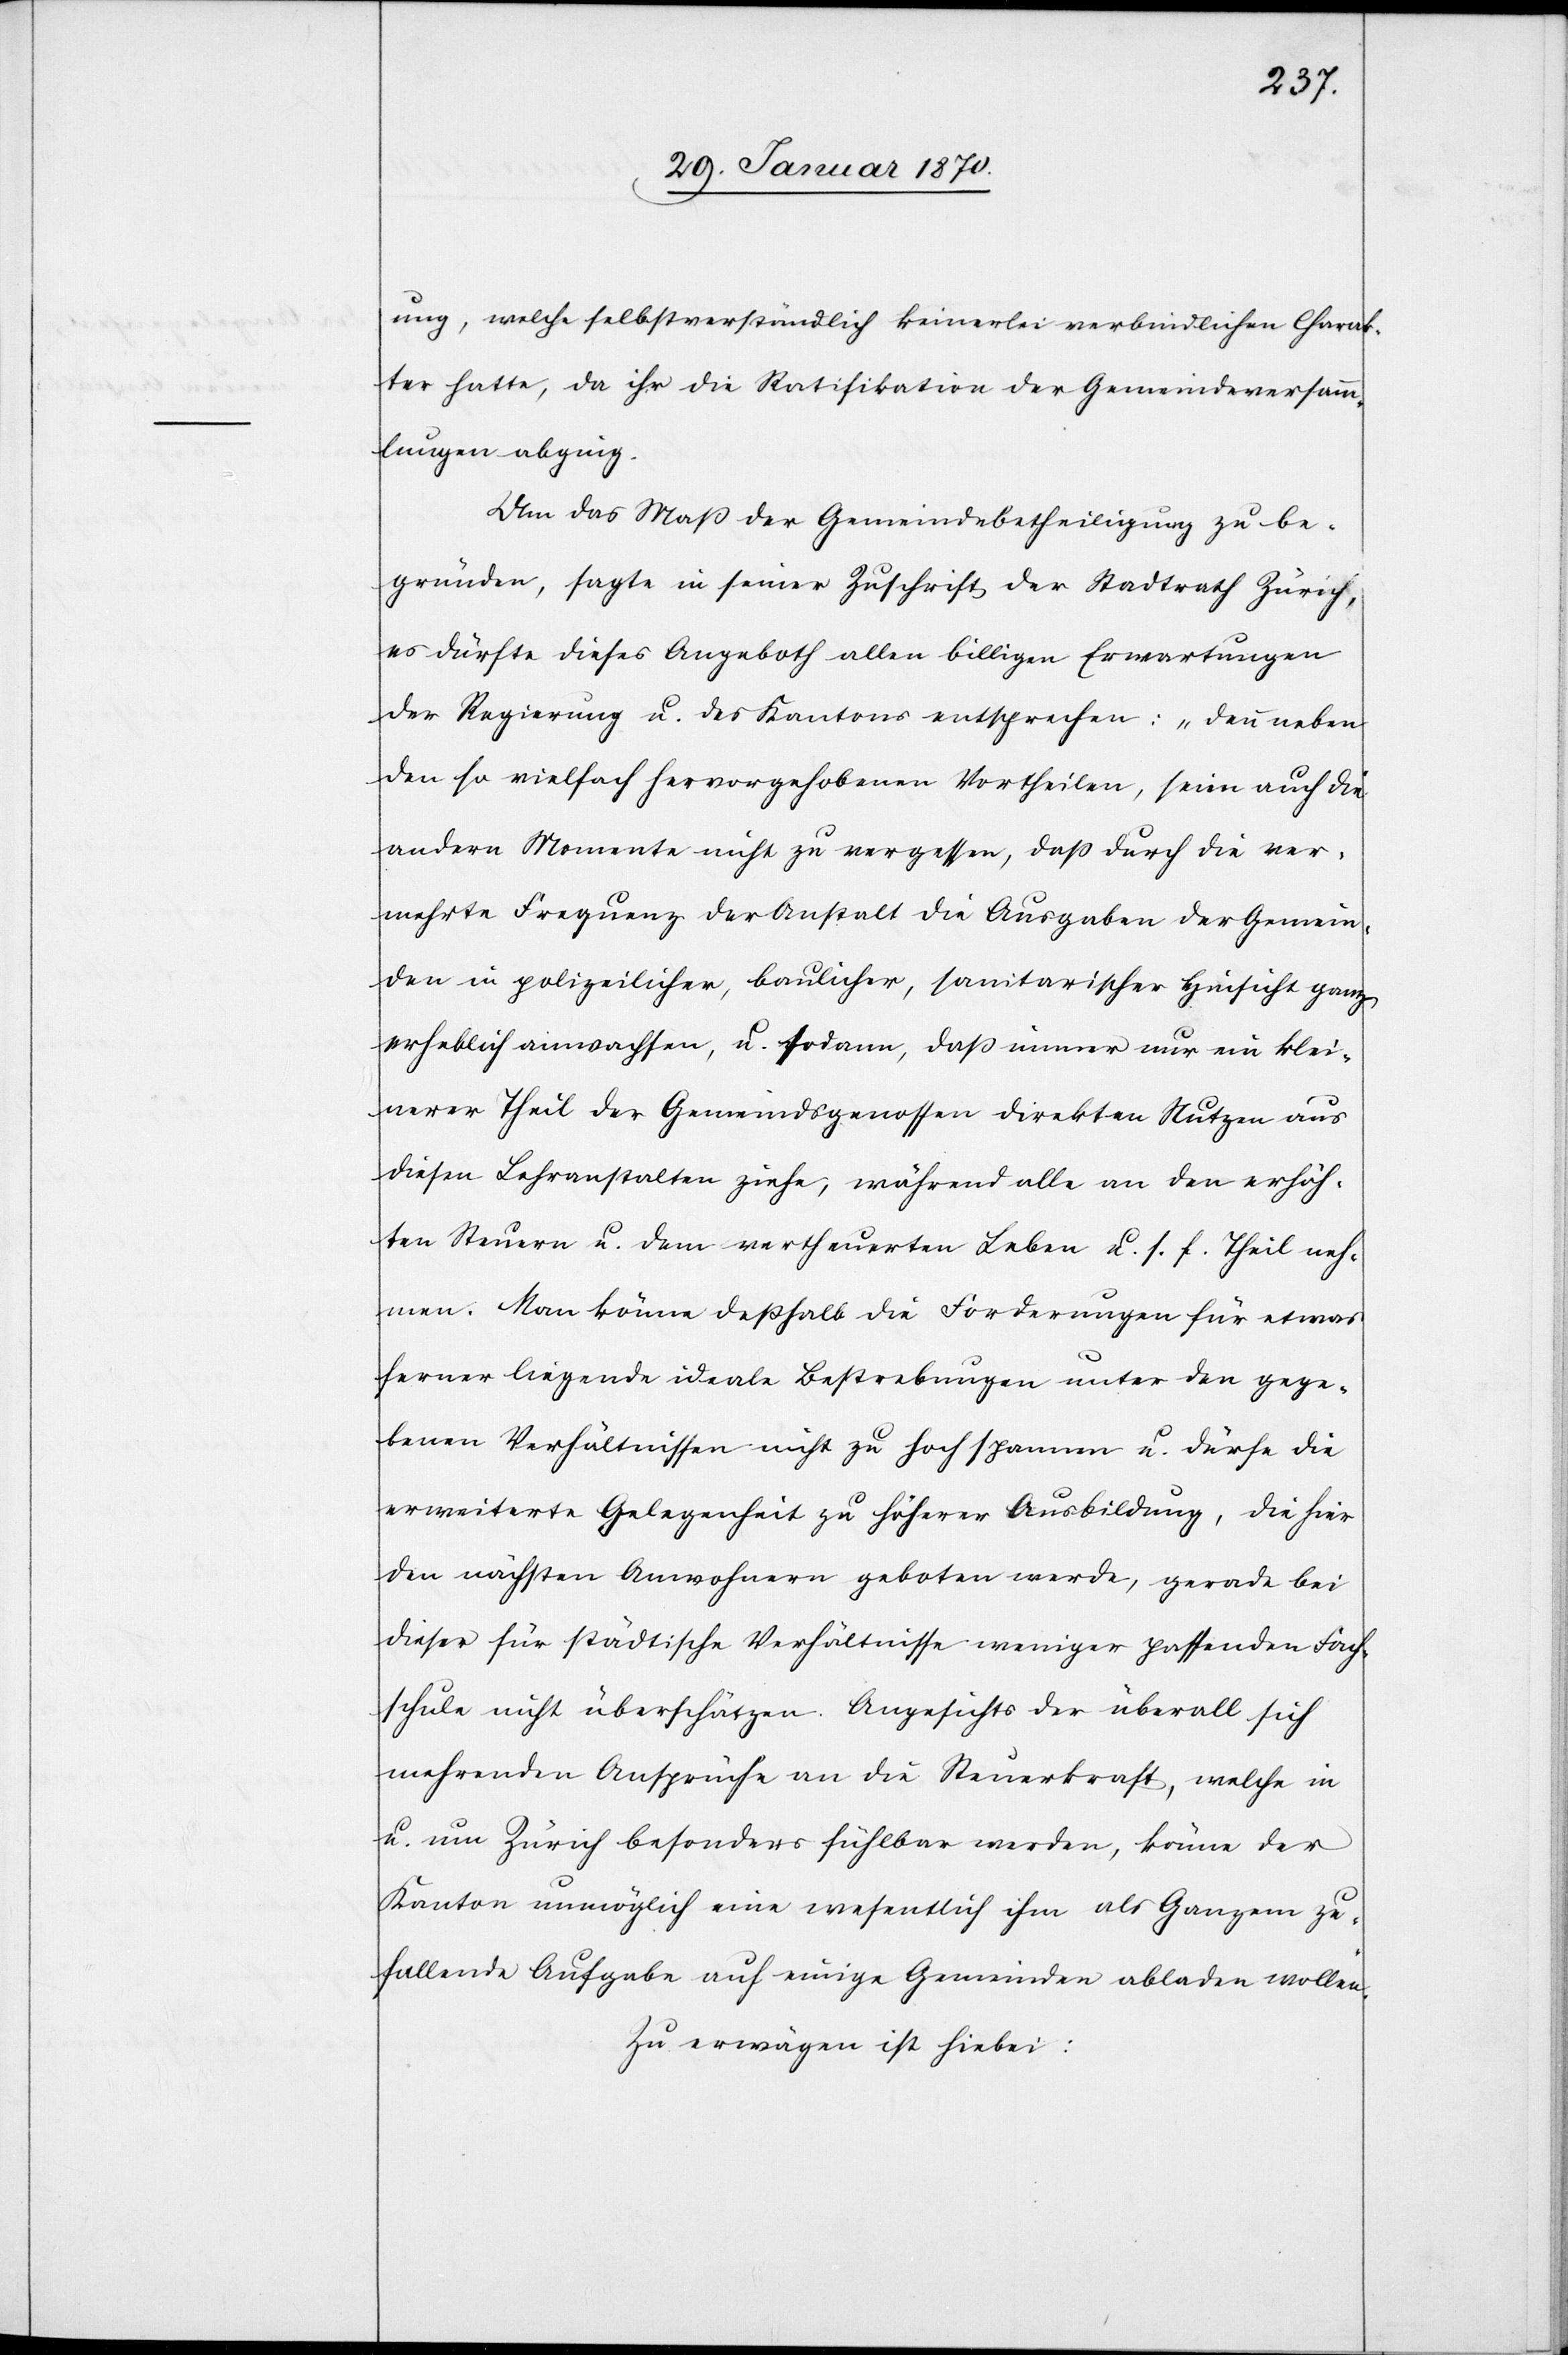
ung, welche selbstverständlich keinerlei verbindlichen Charak¬
ter hatte, da ihr die Ratifikation der Gemeindeversamm¬
lungen abging.
Um das Maß der Gemeindebetheiligung zu be¬
gründen, sagte in seiner Zuschrift der Stadtrath Zürich,
es dürfte dieses Angeboth allen billigen Erwartungen
der Regierung u. des Kantons entsprechen:„Denn neben
den so vielfach hervorgehobenen Vortheilen, seien auch die
andern Momente nicht zu vergessen, daß durch die ver¬
mehrte Frequenz der Anstalt die Ausgaben der Gemein¬
den in polizeilicher, baulicher, sanitarischer Hinsicht ganz
erheblich anwachsen, u. sodann, daß immer nur ein klei¬
nerer Theil der Gemeindsgenossen direkten Nutzen aus
diesen Lehranstalten ziehe, während alle an den erhöh¬
ten Steuern u. dem vertheuerten Leben u. s. f. Theil neh¬
men. Man könne deßhalb die Forderungen für etwas
ferner liegende ideale Bestrebungen unter den gege¬
benen Verhältnissen nicht zu hoch spannen u. dürfe die
erweiterte Gelegenheit zu höherer Ausbildung, die hier
den nächsten Anwohnern geboten werde, gerade bei
dieser für städtische Verhältnisse weniger passenden Fach¬
schule nicht überschätzen. Angesichts der überall sich
mehrenden Ansprüche an die Steuerkraft, welche in
u. um Zürich besonders fühlbar werden, könne der
Kanton unmöglich eine wesentlich ihm als Ganzem zu¬
fallende Aufgabe auf einige Gemeinden abladen wollen.“
Zu erwägen ist hiebei: